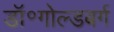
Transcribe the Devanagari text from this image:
डॉ॰गोल्डबर्ग